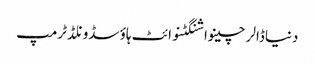
دنیاڈالرچینواشنگٹنوائٹ ہاؤسڈونلڈ ٹرمپ